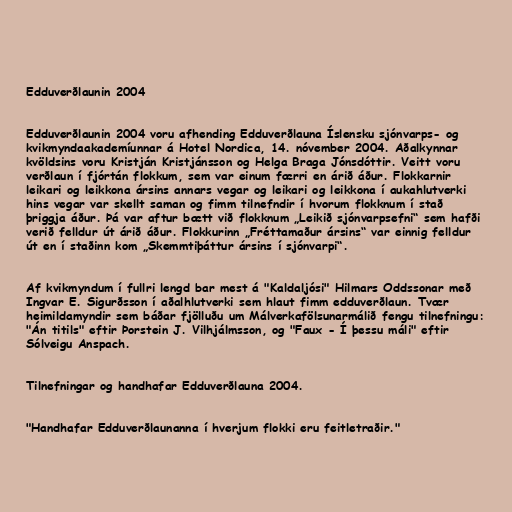
Edduverðlaunin 2004

Edduverðlaunin 2004 voru afhending Edduverðlauna Íslensku sjónvarps- og
kvikmyndaakademíunnar á Hotel Nordica, 14. nóvember 2004. Aðalkynnar
kvöldsins voru Kristján Kristjánsson og Helga Braga Jónsdóttir. Veitt voru
verðlaun í fjórtán flokkum, sem var einum færri en árið áður. Flokkarnir
leikari og leikkona ársins annars vegar og leikari og leikkona í aukahlutverki
hins vegar var skellt saman og fimm tilnefndir í hvorum flokknum í stað
þriggja áður. Þá var aftur bætt við flokknum „Leikið sjónvarpsefni“ sem hafði
verið felldur út árið áður. Flokkurinn „Fréttamaður ársins“ var einnig felldur
út en í staðinn kom „Skemmtiþáttur ársins í sjónvarpi“.

Af kvikmyndum í fullri lengd bar mest á "Kaldaljósi" Hilmars Oddssonar með
Ingvar E. Sigurðsson í aðalhlutverki sem hlaut fimm edduverðlaun. Tvær
heimildamyndir sem báðar fjölluðu um Málverkafölsunarmálið fengu tilnefningu:
"Án titils" eftir Þorstein J. Vilhjálmsson, og "Faux - Í þessu máli" eftir
Sólveigu Anspach.

Tilnefningar og handhafar Edduverðlauna 2004.

"Handhafar Edduverðlaunanna í hverjum flokki eru feitletraðir."